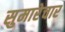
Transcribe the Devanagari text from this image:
सुमारेचार